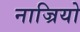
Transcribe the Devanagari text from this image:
नाज्रियो